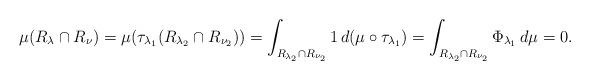
LaTeX: \begin{align*}\mu(R_\lambda \cap R_\nu)= \mu(\tau_{\lambda_1}( R_{\lambda_2} \cap R_{\nu_2})) & = \int_{R_{\lambda_2} \cap R_{\nu_2}} 1 \, d(\mu \circ \tau_{\lambda_1}) = \int_{R_{\lambda_2} \cap R_{\nu_2}} \Phi_{\lambda_1}\, d\mu = 0.\end{align*}